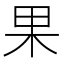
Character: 果